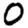
Digit: 0